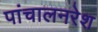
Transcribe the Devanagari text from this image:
पांचालनरेश